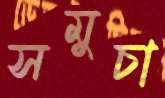
সমুচা